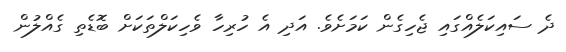
ދެ ސައިކަލެއްގައި ޖެހިގެން ކަމަށެވެ. އަދި އެ ހުރިހާ ވެހިކަލްތަކަށް ބޮޑެތި ގެއްލުން